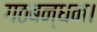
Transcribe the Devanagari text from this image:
गठबन्धन।